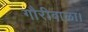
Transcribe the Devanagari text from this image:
गौरीबाळा।